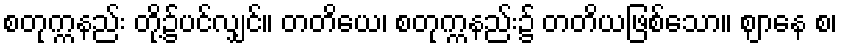
စတုက္ကနည်း တို့၌ပင်လျှင်။ တတိယေ၊ စတုက္ကနည်း၌ တတိယဖြစ်သော။ ဈာနေ စ၊